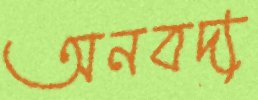
অনবদ্য